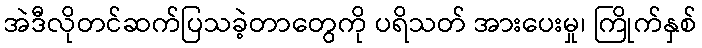
အဲဒီလိုတင်ဆက်ပြသခဲ့တာတွေကို ပရိသတ် အားပေးမှု၊ ကြိုက်နှစ်